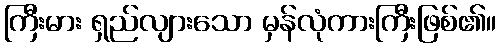
ကြီးမား ရှည်လျားသော မှန်လုံကားကြီးဖြစ်၏။